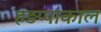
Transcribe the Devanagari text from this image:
हड़प्पाकाल